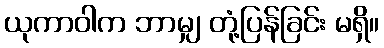
ယုကာဝါက ဘာမျှ တုံ့ပြန်ခြင်း မရှိ။